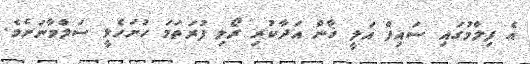
އެ ފިލްމުގައި ސައިފް އަލީ ޚާން އަދާކުރި ރޯލި ފުރަތަމަ ހުށަހެޅީ ސަލްމާނަށެވެ.